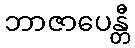
ဘာဇာပေန္တီ